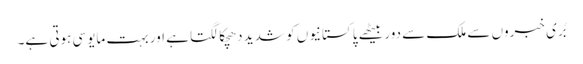
بُری خبروں سے ملک سے دور بیٹھے پاکستانیوں کو شدید دھچکا لگتا ہے اور بہت مایوسی ہوتی ہے۔